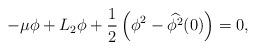
LaTeX: \begin{align*}-\mu \phi + L_2\phi + \frac{1}{2}\left( \phi^{2}-\widehat{\phi^2}(0)\right)=0,\end{align*}